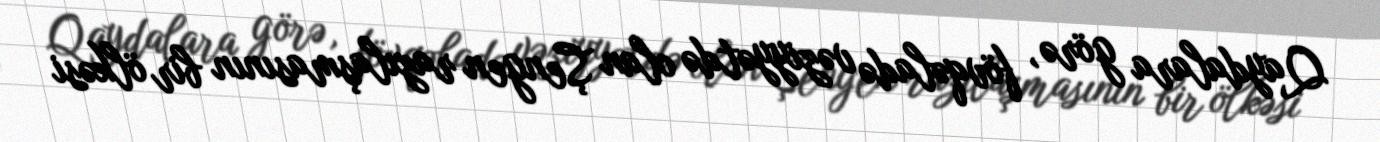
Qaydalara görə, fövqəladə vəziyyətdə olan Şengen razılaşmasının bir ölkəsi